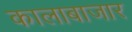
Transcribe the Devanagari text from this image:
कालाबाजार